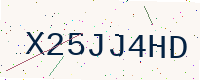
Text: X25JJ4HD